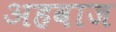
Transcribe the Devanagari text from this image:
अहवाज